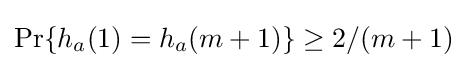
\Pr\{h_{a}(1)=h_{a}(m+1)\}\geq 2/(m+1)